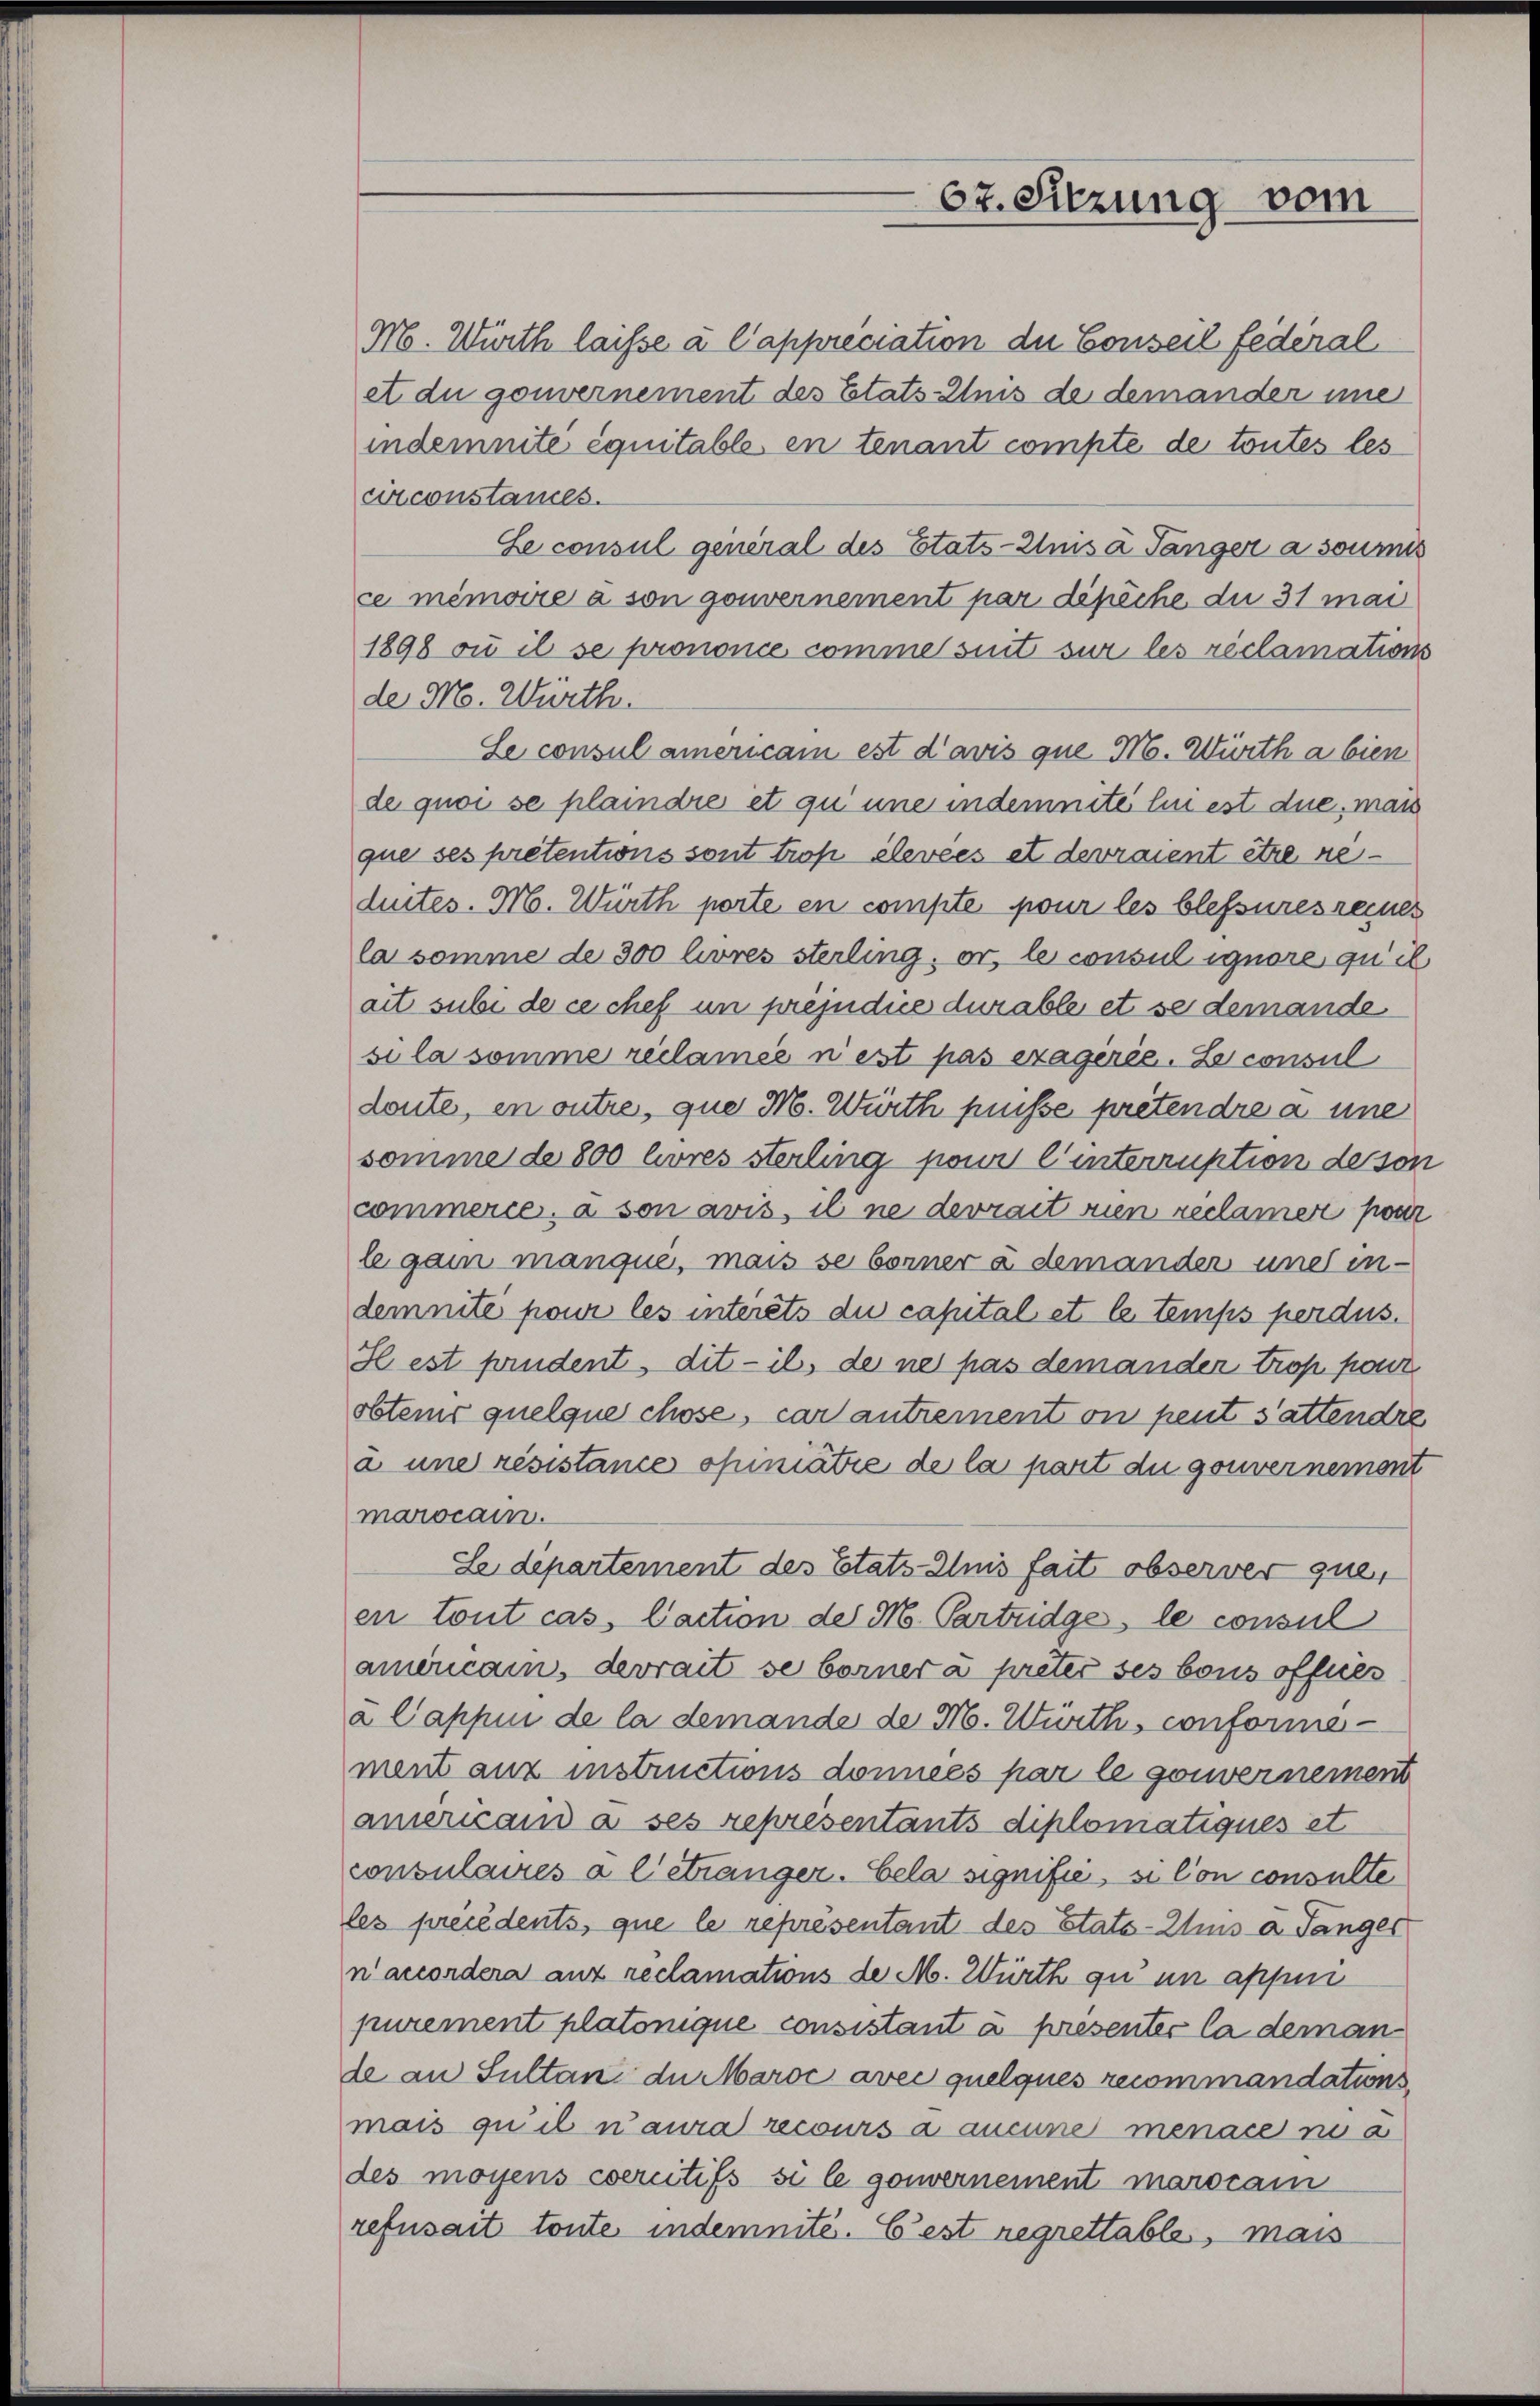
67. Sitzung vom

M. Wirth laisse à l’appreciation du Conseil fédéral
et du gouvernement des Etats-Anis de demander imme

indemnite équitable en tenant compte de toutes les
circonstances.
Le consul general des Etats-Zus a Tanger a soumis
ce mémoire à son gouvernement par dipiche du 31 mai
1898 ou il se prononce comme sint sur les réclamations
de M. Würth.
Se consul americam est d’avis que M. Würth a bien
de quoi se plaindre et qu une indemnité lui est due, man
que ses pretentions sont trop élevées et devraient être neduites. M. Würth porte en compte pour les blessures reines
la somme de 300 livres sterling, or le consul ignore quil
ait subi de ce chef in préjudice durable et se demande
si la somme reclamée n est pas exagérée. Le consul
deute, en outre, que M. Würth puisse prétendre à une
somme de 800 livres sterling pour l’interruption de son
commerce, à son avis, il ne devrait rien reclamer pour
le ganz manqué, mais se berner a demander uner in-
demnité pour les interets du capital et le temps perdus.
H est prudent dit — ils der ne pas demander trop pour
obtens quelque chose, car antrement on peut sattendre
à une résistance opiniatie de la part du gouvernement
marocain.
Le département des Etats-Anis fait observer que
en tout cas, Caction der M. Parteidge, le consul
amoricain, devrait se borner à preter ses bois offnes
2 Pappin de la demande de N. Würth, conformement aux instructions données par le gouvernement
americand à ses représentants diplomatiques et
onsulaires à l’étranger. Cela signifié, si con consulte
les précédents, que le representant des Etats-Zins a Tanger
Taccordera aux reclamations de M. Würth zu un assun
purement platonique consistant à présenter la deman
le an Sultan du Maroć avec quelques recommandations
mais qu’il n’aura recours à aucune menace na
des moyens coercitifs si le gouvernement marocain
refusait toute indemnité. E’est regrettables, mais